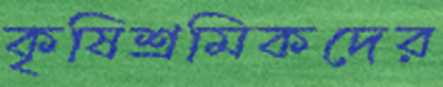
কৃষিশ্রমিকদের